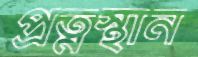
প্রত্নস্থান